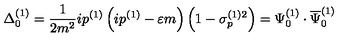
\Delta _ { 0 } ^ { ( 1 ) } = \frac 1 { 2 m ^ { 2 } } i p ^ { ( 1 ) } \left( i p ^ { ( 1 ) } - \varepsilon m \right) \left( 1 - \sigma _ { p } ^ { ( 1 ) 2 } \right) = \Psi _ { 0 } ^ { ( 1 ) } \cdot \overline { { \Psi } } _ { 0 } ^ { ( 1 ) }